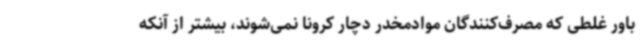
باور غلطی که مصرف‌کنندگان موادمخدر دچار کرونا نمی‌شوند، بیشتر از آنکه